Investigations into the jail dietaries of the United Provinces with some observations on the influence of dietary on the physical development and well-being of the people of the United Provinces - Number 48
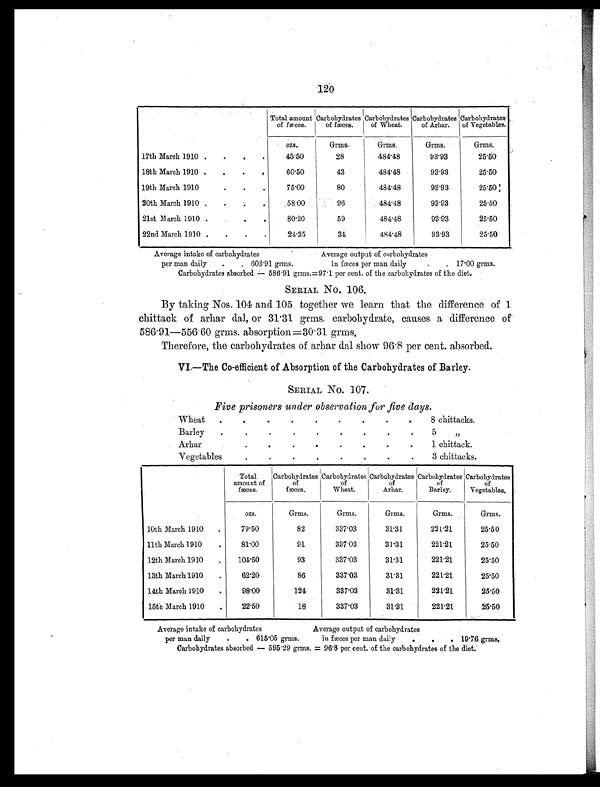
120
Total amount
of fæces.
Carbohydrates
of fæces.
Carbohydrates
of Wheat.
Carbohydrates
of Arhar.
Carbohydrates
of Vegetables.
ozs.
Grms.
Grms.
Grms.
Grms.
17th March 1910 . . . .
45.50
28
484.48
93.93
25.50
18th March 1910 . . .
.
60.50
43
484.48
93.93
25.50
19th March 1910 .
.
. .
75.00
80
484.48
93.93
25.50
20th March 1910 . .
. .
58.00
96
484.48
93.93
25.50
21st March 1910 . . . .
80.20
59
484.48
93. 93
25.50
22nd March 1910 . . . .
24.35
34
484.48
93.93
25.50
Average intake of carbohydrates
Average output of carbohydrates
per man daily . . 603.91 grms.
in fæces per man daily
. . 17.00 grms.
Carbohydrates absorbed — 586.91 grms.= 97.1 per cent. of the carbohydrates of the diet.
SERIAL NO. 106.
By taking Nos. 104 and 105 together we learn that the difference of 1
chittack of arhar dal, or 31.31 grms. carbohydrate, causes a difference of
586.91—556.60 grms. absorption=30.31 grms.
Therefore, the carbohydrates of arhar dal show 96.8 per cent. absorbed.
VI.—The Co-efficient of Absorption of the Carbohydrates of Barley.
SERIAL NO. 107.
Five prisoners under observation for five days.
Wheat .
. .
.
.
. .
.
.
8 chittacks.
Barley
. .
.
.
.
.
.
.
.
5 „
Arhar
.
.
.
.
.
.
.
.
1 chittack.
Vegetables
.
.
.
.
. .
.
.
3 c h i t t a c k s .
Total
amount of
fæces.
Carbohydrates
of
fæces.
Carbohydrates
of
Wheat.
Carbohydrates
of
Arhar.
Carbohydrate s of
Barley.
Carbohydrates
of
Vegetables.
ozs.
Grms.
Grms.
Grms.
Grms.
Grms.
10th March 1910 .
79.50
82
337.03
31.31
221.21
25.50
11th March 1910 .
81.00
91
337.03
31.31
221. 21
25.50
12th March 1910 . 104.50
93
337.03
31.31
221.21
25.50
13th March 1910 .
62. 20
86
337.03
31.31
221.21
25.50
14th March 1910 .
98. 00
124
337.03
31.31
221. 21
25.50
15th March 1910 .
22.50
18
337.03
31.31
221.21
25.50
Average intake of carbohydrates
Average output of carbohydrates
per man daily . . 615.05 grms.
in fæces per man daily . . . 19.76. grms.
Carbohydrates absorbed — 595.29 grms. = 96.8 per cent. of the carbohydrates of the diet.